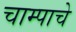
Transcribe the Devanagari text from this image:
चाम्पाचे